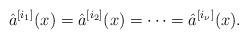
LaTeX: \begin{align*} \hat{a}^{[i_1]}(x)=\hat{a}^{[i_2]}(x)=\cdots=\hat{a}^{[i_\nu]}(x). \end{align*}